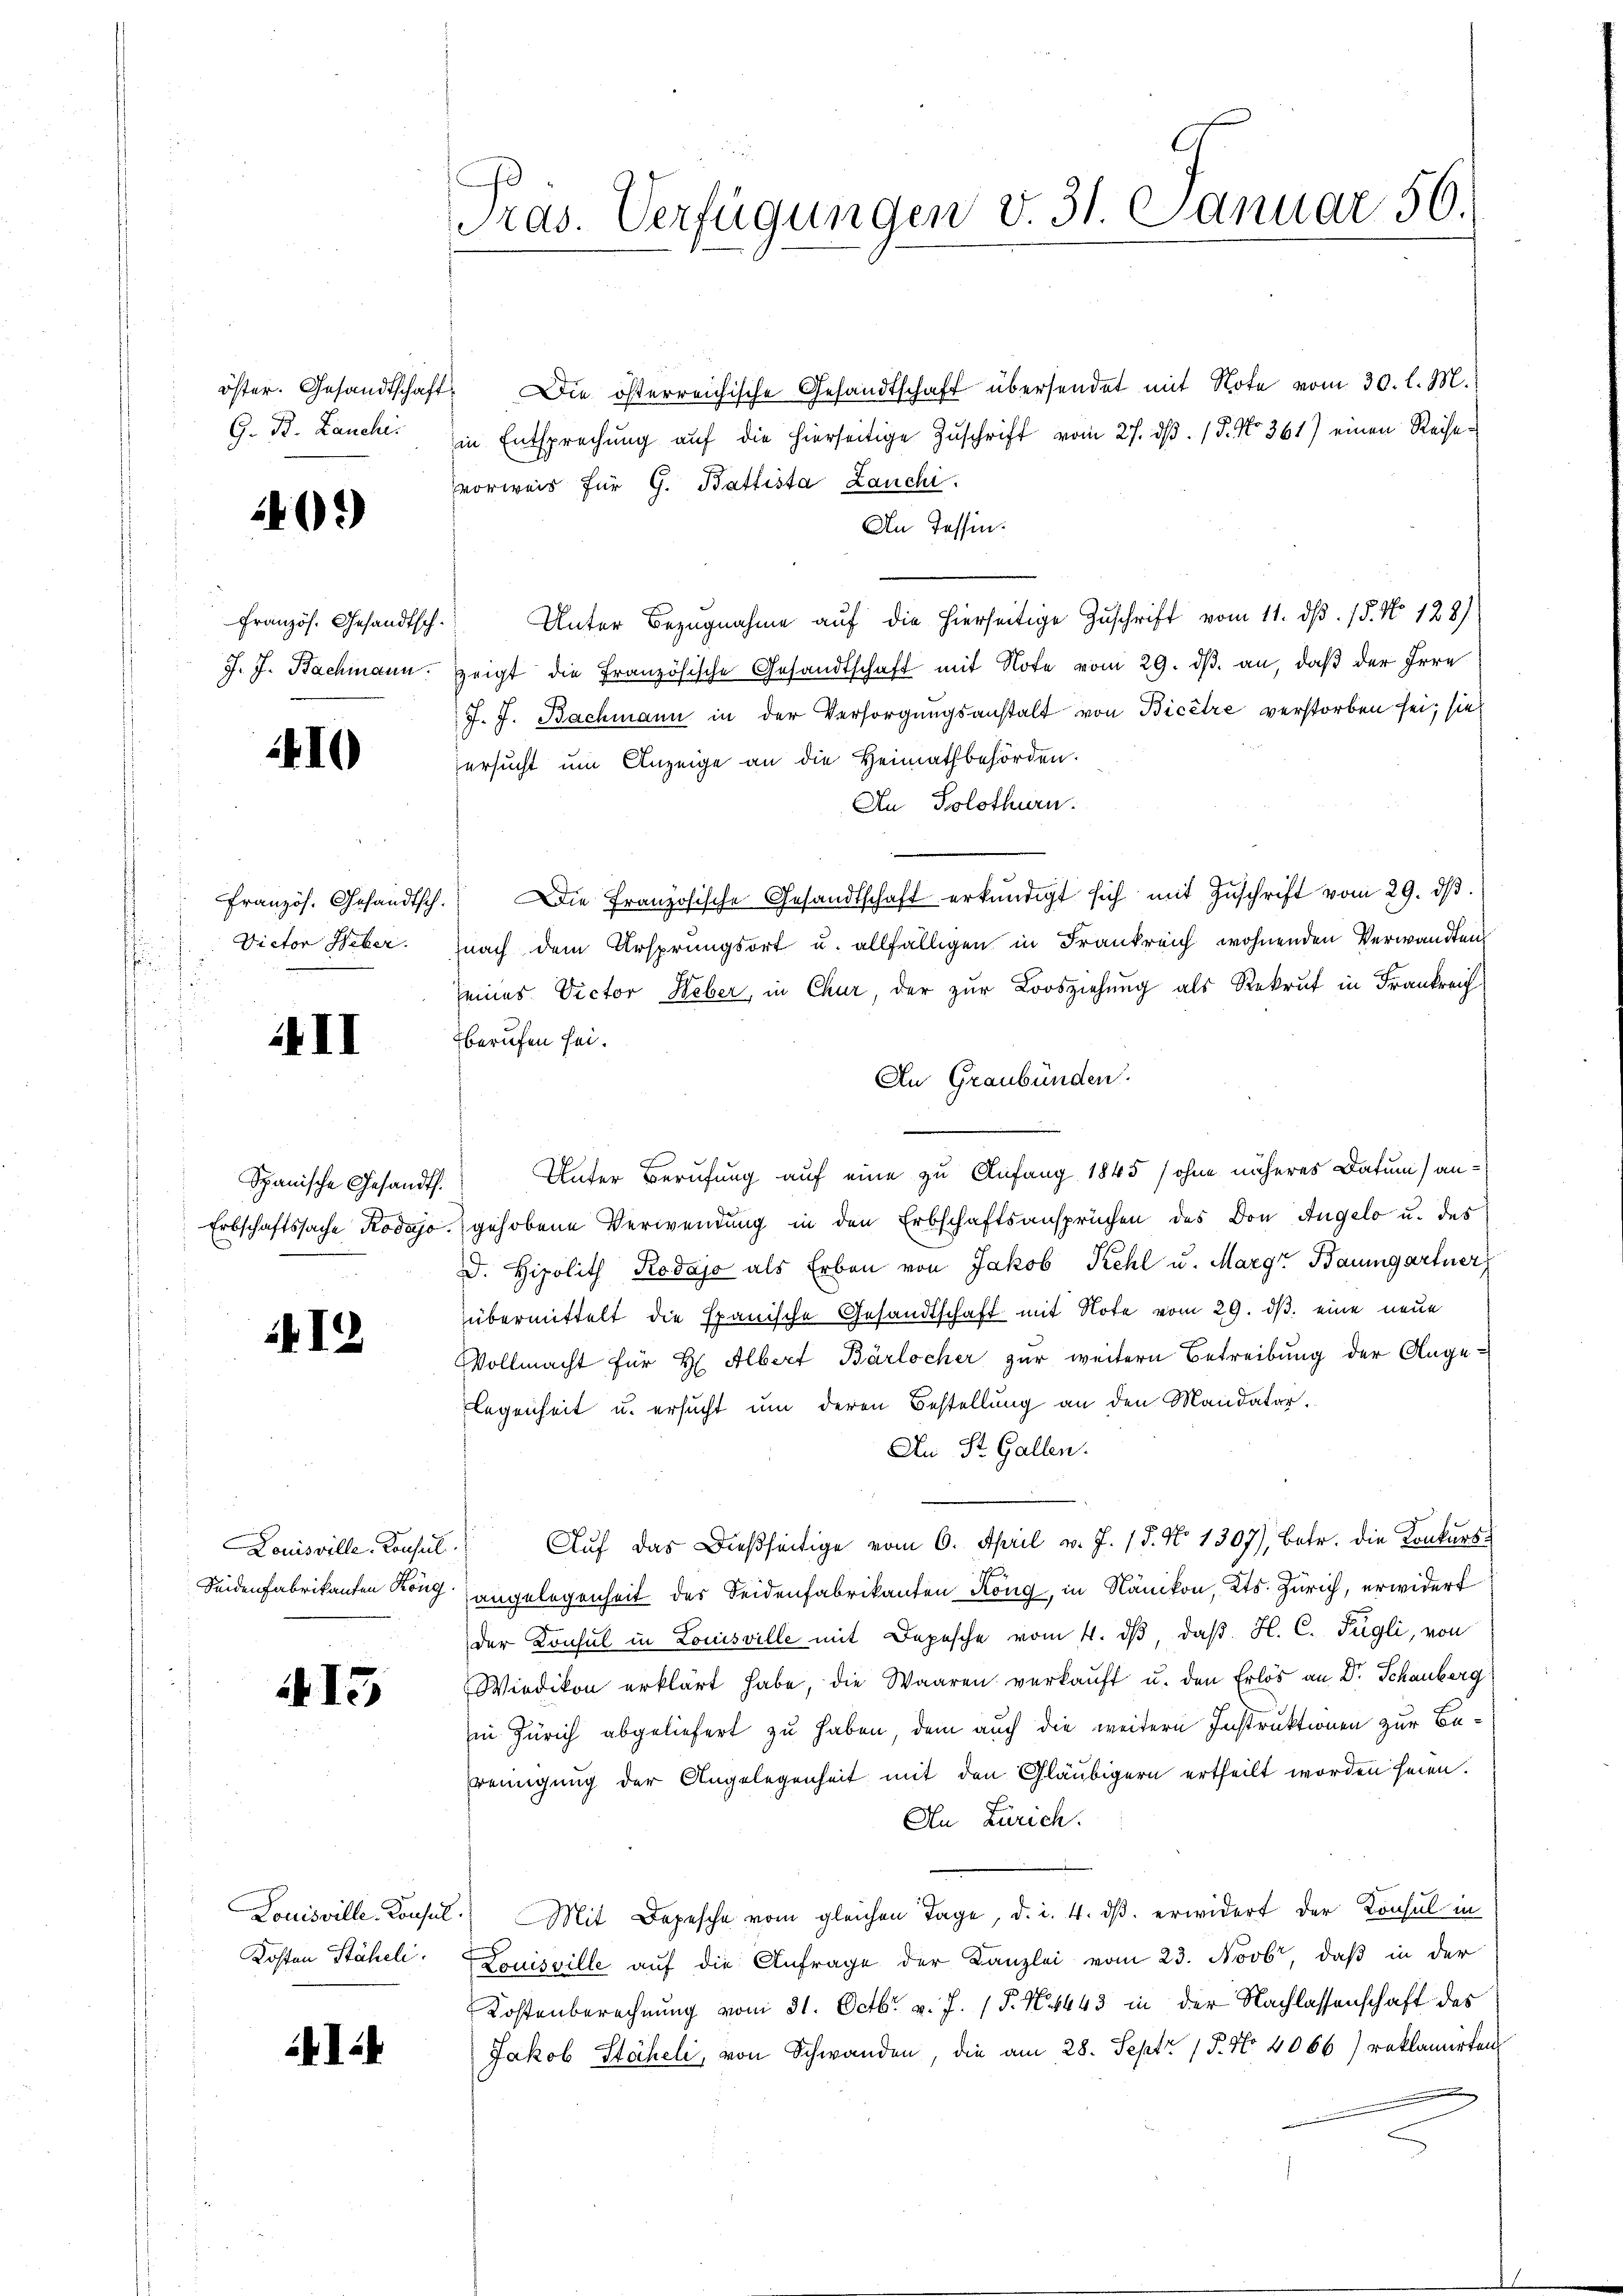
öster. Gesandtschaft
G. B. Lauchi.

40.)

Französ. Gesandtsch
J. J. Bachmann.

410

Französ. Gesandtsch
Victor Heber.
s

II

Spanische Gesandt.
Erbschaftssache Rodajo

412

Seidenfabrikanten Köng.

415

Louisville, Konsul
Kosten Stäheli

41

Pras. Verfügungen v. 31. Januar 56.

" Die österreichische Gesandtschaft übersendet mit Note vom 30. l. M.)
in Entsprechung aŭf die hierseitige Zuschrift vom 27. dβ. / 5. No 361) einen Reisevorweis für G. Battista Lauchi.
An Tessin.
Unter Bezugnahme aŭf die hierseitige Zŭschrift vom 11. dβ. 15. No 128)
zeigt die Französische Gesandtschaft mit Note vom 29. ds. an, daß der Irre
J. J. Bachmann in der Versorgungsanstalt von Bicêtre verstorben sei; sieh
ersucht um Anzeige an die Heimathbehörden.
An Solothurn.
Die Französische Gesandtschaft erkundigt sich mit Zŭschrift vom 29. dβ.
nach dem Ursprungsort u. allfälligen in Frankreich wohnenden Verwandten
seines Victor Heber, in Chur, der zur Loosziehung als Rekrut in Frankreich
berufen sei.
An Graubünden.
Unter Berufung auf eine zu Anfang 1845 (ohne näheres Datum) an-
gehobene Verwendung in den Erbschaftsansprüchen des Don Angelo u. des
D. Hipolith Rodajo als Erben von Jakob Kehl u. Margr Baumgartner
übermittelt die Spanische Gesandtschaft mit Note vom 29. ds. eine neue
Vollmacht für Hr. Albert Bärlocher zur weitern Betreibung der Ange-
legenheit u. ersucht um deren Bestellung an den Mandatar.
An St. Gallen.
Louisville Konsul Auf das dießseitige vom 6. April v. J. 18. No 1307), betr. die Konkursangelegenheit des Seidenfabrikanten Köng, in Nänikon, Kts. Zürich, erwidert
der Konsul in Louisville mit Depesche vom 4. dβ, daβ H. C. Fügli, von
Wiedikon erklärt habe, die Waaren verkaŭft u. den Erlös an Dr. Schauberg
in Zürich abgeliefert zu haben, dem auch die weitern Instruktionen zur Bereinigung der Angelegenheit mit den Gläubigern ertheilt worden seien.
An Zürich.
 Mit Depesche vom gleichen Tage, d. i. 4. dβ. erwidert der Konsul in
Louisville auf die Anfrage der Kanzlei vom 23. Novbr, daß in der
Kostenberechnung vom 31. Octbr. v. J. (T. N. 443 in der Nachlassenschaft des
Jakob Stäheli, von Schwanden, die am 28. Sept. 15. No. 4066) reklamirten,